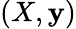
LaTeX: (X,\mathbf{y})